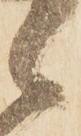
候